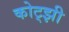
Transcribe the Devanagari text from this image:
कोट्झी